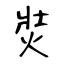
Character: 焋